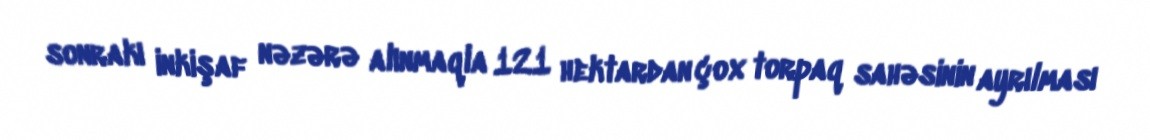
sonrakı inkişaf nəzərə alınmaqla 121 hektardan çox torpaq sahəsinin ayrılması